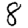
Digit: 8